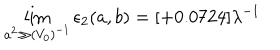
LaTeX: \lim _ { a ^ { 2 } \gg ( V _ { 0 } ) ^ { - 1 } } \epsilon _ { 2 } ( a , b ) = [ + 0 . 0 7 2 4 ] \lambda ^ { - 1 }